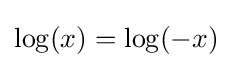
\log(x)=\log(-x)